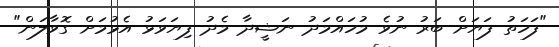
"ފަހަތު ފަޔަށް ބަރު ނުވެ މުހައްމަދު ނަޝީދާ މެދު ފިޔަވަޅު އެޅުމަށް ގޮވާލަން"